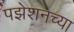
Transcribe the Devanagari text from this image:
पझेशनच्या